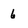
Character: 6